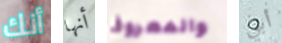
أنك أنها والمعروف أبي